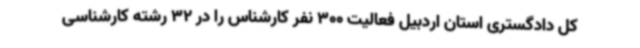
کل دادگستری استان اردبیل فعالیت 300 نفر کارشناس را در 32 رشته کارشناسی